Leaving Certificate Examination, 1916
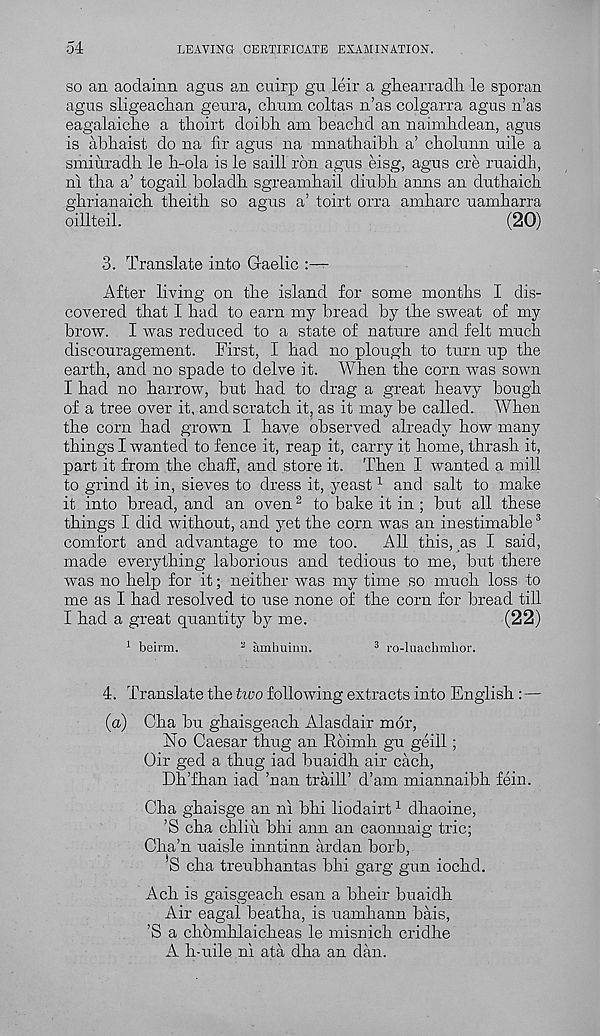
54
LEAVING CERTIFICATE EXAMINATION.
so an aodainn agus an cnirp gu leir a ghearradk le sporan
agus sligeachan geura, chnm coltas n’as colgarra agus n’as
eagalaicke a tkoirt doibli am beaclid an naimhdean, agus
is abhaist do na fir agus na mnatliaibli a’ cholunn uile a
smiuradb. le h-ola is le saill rbn agus eisg, agus ere ruaidli,
ni tha a’ togail boladh sgreamhail diubb anns an dutliaicli
gbrianaich theitli so agus a’ toirt orra amharc uamharra
oillteil.
(20)
3. Translate into Gaelic :—
After living on the island for some months I dis-
covered that I had to earn my bread by the sweat of my
brow. I was reduced to a state of nature and felt much
discouragement. First, I had no plough to turn up the
earth, and no spade to delve it. When the corn was sown
I had no harrow, but had to drag a great heavy bough
of a tree over it, and scratch it, as it may be called. When
the corn had grown I have observed already how many
things I wanted to fence it, reap it, carry it home, thrash it,
part it from the chaff, and store it. Then I wanted a mill
to grind it in, sieves to dress it, yeast 1 and salt to make
it into bread, and an oven 2 to bake it in ; but all these
things I did without, and yet the corn was an inestimable 3
comfort and advantage to me too.
All this, as I said,
made everything laborious and tedious to me, but there
was no help for it; neither was my time so much loss to
me as I had resolved to use none of the corn for bread till
I had a great quantity by me.
(22)
1 beirm.
2 amhuinn.
3 ro-luachmhor.
4. Translate the tivo following extracts into English : —
(o) Cha bu ghaisgeach Alasdair mor,
No Caesar thug an Rbimh gu geill;
Oir ged a thug iad buaidh air each,
Dh’fhan iad ’nan traill’ d’am miannaibh fein.
Cha ghaisge an ni bhi liodairt 1 dhaoine,
’S cha chliii bhi ann an caonnaig trie;
Cha’n uaisle inntinn ardan borb,
S cha treubhantas bhi garg gun iochd.
Ach is gaisgeach esan a hkeir buaidh
Air eagal beatha, is uamhann bais,
’S a ch.6mklaich.eas le misnich cridhe
A h-uile ni ata dha an dan.